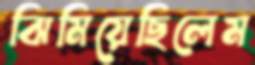
ঝিমিয়েছিলেম